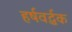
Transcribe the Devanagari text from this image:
हर्षवर्द्धक